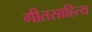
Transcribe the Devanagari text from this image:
गीतसाहित्य